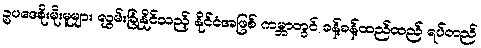
ဥပဒေစိုးမိုးမူများ လွှမ်းခြုံနိုင်သည့် နိုင်ငံအဖြစ် ကမ္ဘာတွင် ခန့်ခန့်ထည်ထည် ရပ်တည်